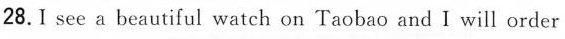
28.I see a beautiful watch on Taobao and I will order